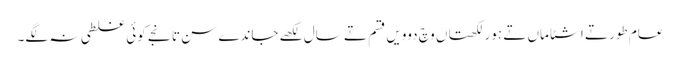
عام طور تے اشٹاماں تے ہور لکھتاں وچ دوویں قسم تے سال لکھے جاندے سن تانجے کوئی غلطی نہ لگے۔